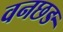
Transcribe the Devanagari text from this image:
वनछङ